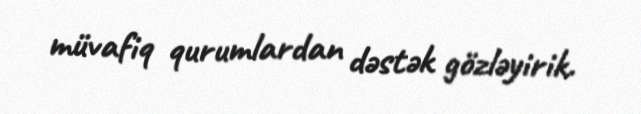
müvafiq qurumlardan dəstək gözləyirik.